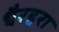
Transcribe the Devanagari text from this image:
धैरहरा